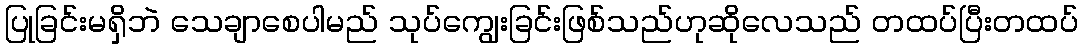
ပြုခြင်းမရှိဘဲ သေချာစေပါမည် သုပ်ကျွေးခြင်းဖြစ်သည်ဟုဆိုလေသည် တထပ်ပြီးတထပ်